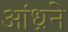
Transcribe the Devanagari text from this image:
आंध्रने